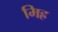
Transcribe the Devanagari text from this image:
मिह्र